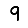
Digit: 9